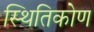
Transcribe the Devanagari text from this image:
स्थितिकोण